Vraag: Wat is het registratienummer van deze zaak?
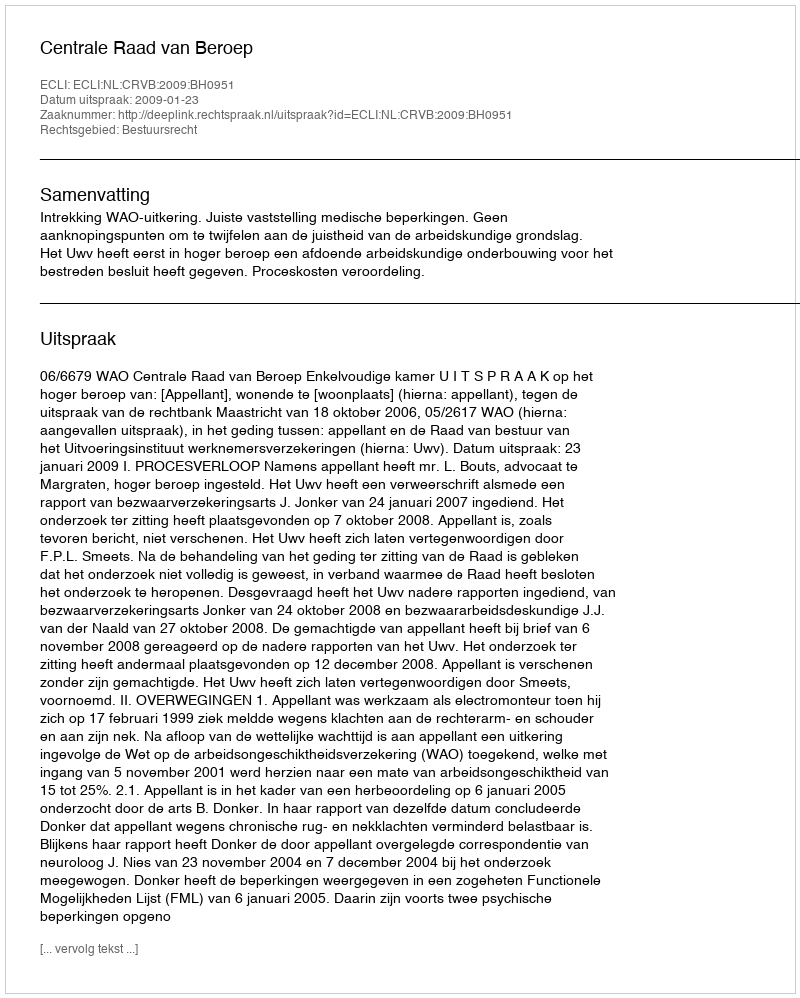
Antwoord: http://deeplink.rechtspraak.nl/uitspraak?id=ECLI:NL:CRVB:2009:BH0951